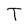
Character: T